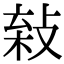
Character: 𢽫